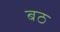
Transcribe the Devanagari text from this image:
बठ